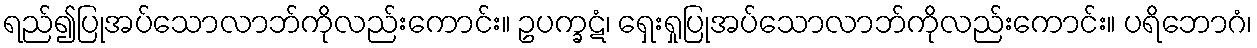
ရည်၍ပြုအပ်သောလာဘ်ကိုလည်းကောင်း။ ဥပက္ခဋံ၊ ရှေးရှုပြုအပ်သောလာဘ်ကိုလည်းကောင်း။ ပရိဘောဂံ၊